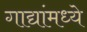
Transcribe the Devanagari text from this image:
गाद्यांमध्ये